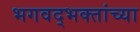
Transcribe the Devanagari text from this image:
भगवद्भक्तांच्या